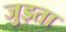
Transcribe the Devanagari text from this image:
जुड्ता